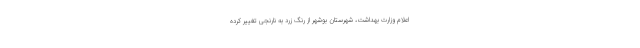
اعلام وزارت بهداشت، شهرستان بوشهر از رنگ زرد به نارنجی تغییر کرده